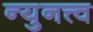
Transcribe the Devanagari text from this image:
न्युनत्त्व